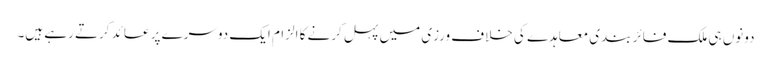
دونوں ہی ملک فائر بندی معاہدے کی خلاف ورزی میں پہل کرنے کا الزام ایک دوسرے پر عائد کرتے رہے ہیں۔